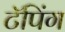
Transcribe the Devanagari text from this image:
टॅपिंग